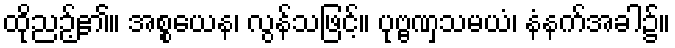
ထိုညဉ့်၏။ အစ္စယေန၊ လွန်သဖြင့်။ ပုဗ္ဗဏှသမယံ၊ နံနက်အခါ၌။